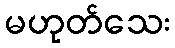
မဟုတ်သေး